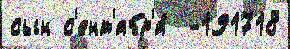
сын с'ент'ябр'я́  -191718